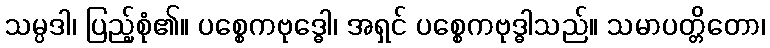
သမ္ပဒါ၊ ပြည့်စုံ၏။ ပစ္စေကဗုဒ္ဓေါ၊ အရှင် ပစ္စေကဗုဒ္ဓါသည်။ သမာပတ္တိတော၊